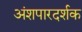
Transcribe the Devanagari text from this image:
अंशपारदर्शक